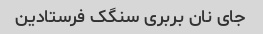
جای نان بربری سنگک فرستادین